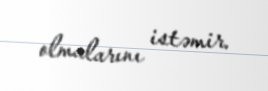
olmalarını istəmir.